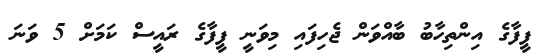
ފީފާގެ އިންތިހާބު ބާއްވަން ޖެހިފައި މިވަނީ ފީފާގެ ރައީސް ކަމަށް 5 ވަނަ